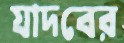
যাদবের